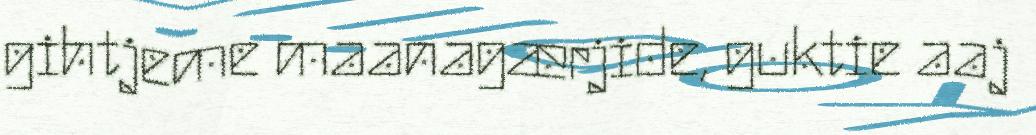
gihtjeme maanagærjide, guktie aaj